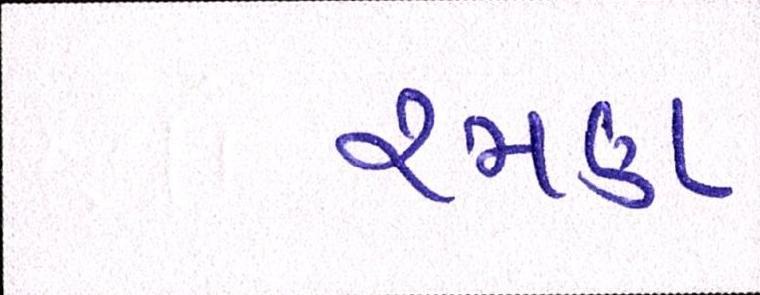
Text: રમણ